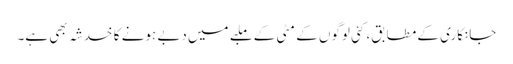
جانکاری کے مطابق، کئی لوگوں کے مٹی کے ملبے میں دبے ہونے کا خدشہ بھی ہے۔